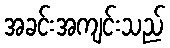
အခင်းအကျင်းသည်